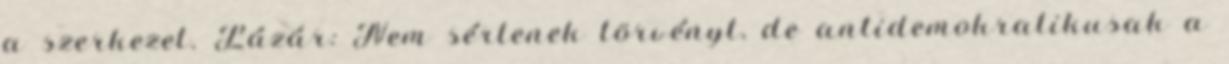
a szerkezet. Lázár: Nem sértenek törvényt, de antidemokratikusak a